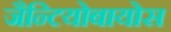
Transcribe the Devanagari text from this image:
जैन्टियोबायोस